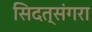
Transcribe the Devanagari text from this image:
सिदत्संगरा